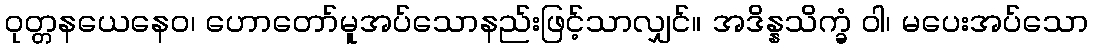
ဝုတ္တနယေနေဝ၊ ဟောတော်မူအပ်သောနည်းဖြင့်သာလျှင်။ အဒိန္နသိက္ခံ ဝါ၊ မပေးအပ်သော